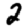
Digit: 2